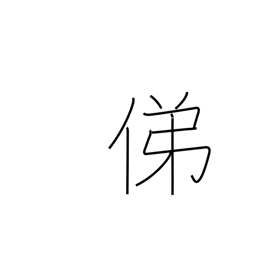
Meaning: trace